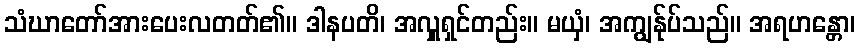
သံဃာတော်အားပေးလတတ်၏။ ဒါနပတိ၊ အလှူရှင်တည်း။ မယှံ၊ အကျွန်ုပ်သည်။ အရဟန္တော၊